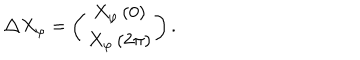
LaTeX: \triangle X _ { \varphi } = \left( \begin{array} { c } { { X _ { \varphi } \left( 0 \right) } } \\ { { X _ { \varphi } \left( 2 \pi \right) } } \\ \end{array} \right) .